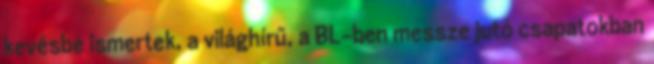
kevésbé ismertek, a világhírű, a BL-ben messze jutó csapatokban